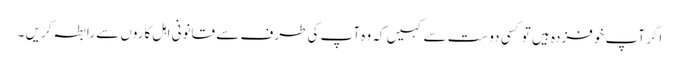
اگر آپ خوفزدہ ہیں تو کسی دوست سے کہیں کہ وہ آپ کی طرف سے قانونی اہل کاروں سے رابطہ کریں ۔